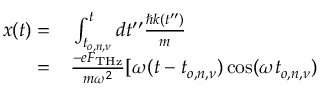
\begin{array} { r l } { x ( t ) = } & { { } \int _ { t _ { o , n , \nu } } ^ { t } d t ^ { \prime \prime } \frac { \hbar k ( t ^ { \prime \prime } ) } { m } } \\ { = } & { { } \frac { - e F _ { \mathrm { T H z } } } { m \omega ^ { 2 } } [ \omega ( t - t _ { o , n , \nu } ) \cos ( \omega t _ { o , n , \nu } ) } \end{array}